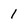
Character: 1